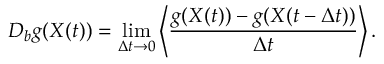
D _ { b } g ( X ( t ) ) = \operatorname* { l i m } _ { \Delta t \rightarrow 0 } \left< \frac { g ( X ( t ) ) - g ( X ( t - \Delta t ) ) } { \Delta t } \right> .